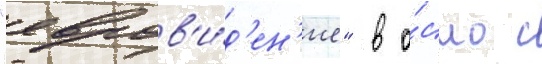
"евров'и́д'ен'ие" в о́сло с